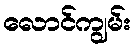
လောင်ကျွမ်း